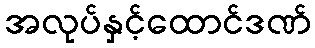
အလုပ်နှင့်ထောင်ဒဏ်